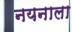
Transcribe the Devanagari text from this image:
नयनाला